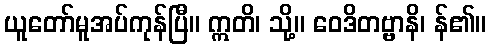
ယူတော်မူအပ်ကုန်ပြီ။ ဣတိ၊ သို့။ ဝေဒိတဗ္ဗာနိ၊ န်၏။